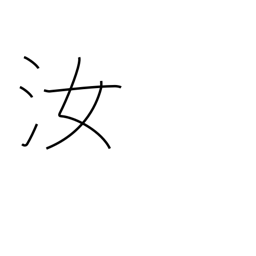
Meaning: you